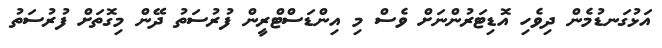
އަޅުގަނޑުމެން ދިވެހި އޮޑިޓަރުންނަށް ވެސް މި އިންޑަސްޓްރީން ފުރުސަތު ދޭން މިގޮތަށް ފުރުސަތު